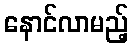
နောင်လာမည့်